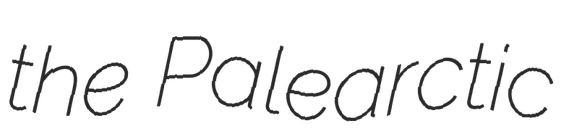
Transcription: the Palearctic